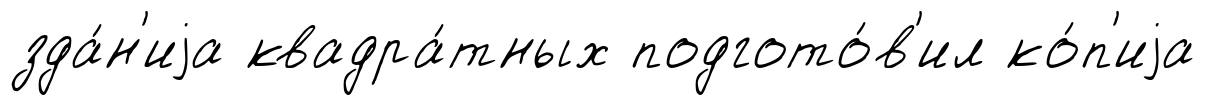
зда́н'иjа квадра́тных подгото́в'ил ко́п'иjа